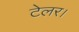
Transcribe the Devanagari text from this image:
टेलर।